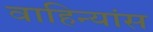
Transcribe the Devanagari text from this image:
वाहिन्यांस